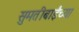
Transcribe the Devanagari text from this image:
सुमतीबाईंच्या